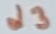
Text: d3